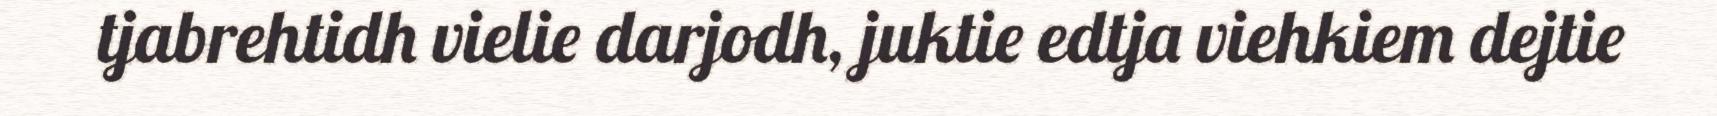
tjabrehtidh vielie darjodh, juktie edtja viehkiem dejtie